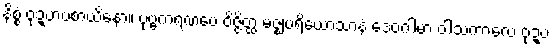
နိစ္စံ ဝုဍ္ဎာပစာယိနော။ ပုဗ္ဗကရဏံပေ ဝိဇ္ဇိတ္ထ မဇ္ဈပရိယောသာနံ ဒေဝဂါမာ ဝါသကာလေ ဝုဍ္ဎံ